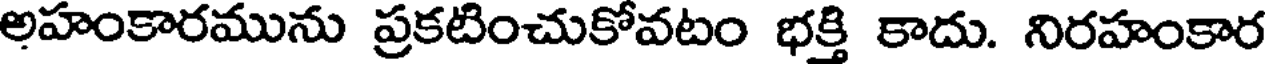
అహంకారమును ప్రకటించుకోవటం భక్తి కాదు. నిరహంకార